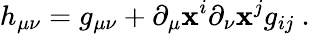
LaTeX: h_{\mu\nu}=g_{\mu\nu}+\partial_{\mu}\mathbf{x}^{i}\partial_{\nu}\mathbf{x}^{j}g_{ij}\ .